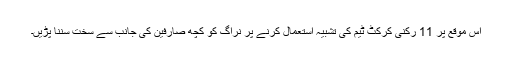
اس موقع پر 11 رکنی کرکٹ ٹیم کی تشبیہ استعمال کرنے پر نراگ کو کچھ صارفین کی جانب سے سخت سننا پڑیں۔